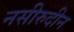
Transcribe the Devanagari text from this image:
नसीरुदीन